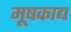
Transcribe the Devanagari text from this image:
मूषकाद्य